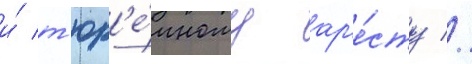
и́ т'юр'е́мному ар'е́сту //